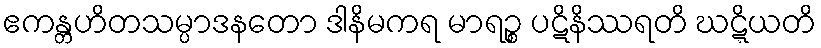
ဧကန္တဟိတသမ္ပာဒနတော ဒါနိမကရ မာရဉ္စ ပဋိနိဿရတိ ဃဋ္ဋိယတိ